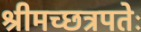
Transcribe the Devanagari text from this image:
श्रीमच्छत्रपतेः